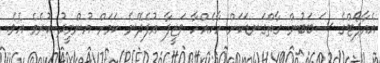
އެއާޕޯޓްގެ ސަބަބުން ގާތްގަނޑަކަށް ހާހެއްހާ ވަޒީފާ އުފެދޭނެ ކަމަށް އުންމީދު ކުރެވެ އެވެ.